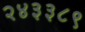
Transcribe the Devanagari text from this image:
२४३३८९